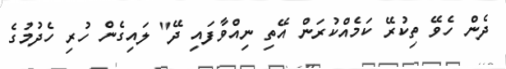
ދެން ހެވޭ ތިކުރޭ ކަމެއްކުރަން އޭތި ނިއްވާފައި ދޭ" ލައިގެން ހުރި ހެދުމުގެ